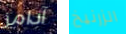
آدامز الزرنيخ